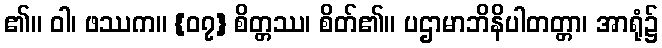
၏။ ဝါ၊ ဖဿက။ {၀၇} စိတ္တဿ၊ စိတ်၏။ ပဌာမာဘိနိပါတတ္တာ၊ အာရုံ၌